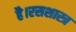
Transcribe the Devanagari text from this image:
है।रसशास्त्र